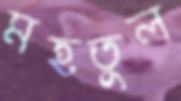
মহতুল